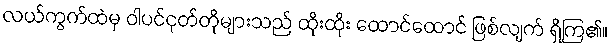
လယ်ကွက်ထဲမှ ဝါပင်ငုတ်တိုများသည် ထိုးထိုး ထောင်ထောင် ဖြစ်လျက် ရှိကြ၏။